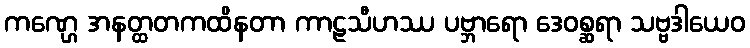
ကဏ္ဌေ အနတ္ထတကထိနတာ ကာဠသီဟဿ ပဗ္ဘာရော ဒေဝစ္ဆရာ သဗ္ဗဒါယေဝ